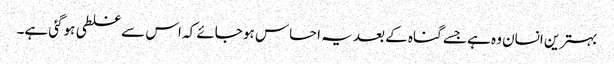
بہترین انسان وہ ہے جسے گناہ کے بعد یہ احساس ہو جائے کہ اس سے غلطی ہوگئی ہے۔